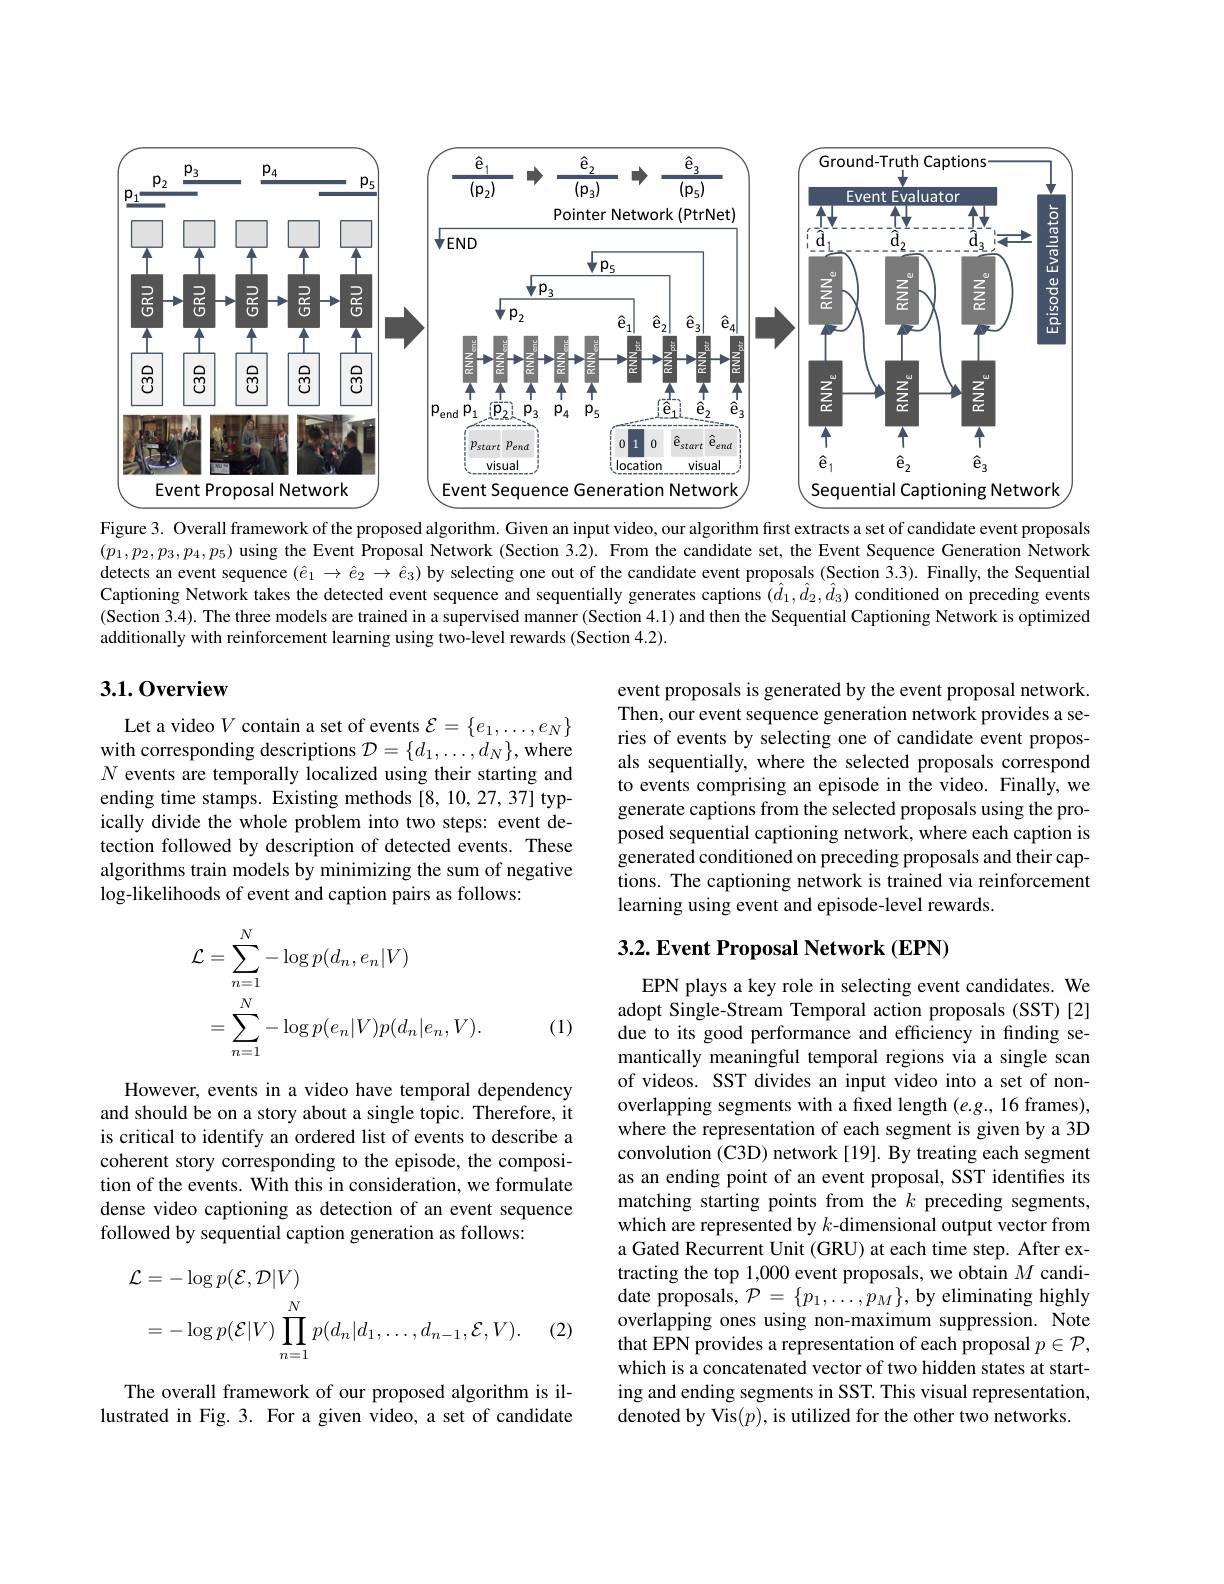
<FigureHere>

Figure 3. Overall framework of the proposed algorithm. Given an input video, our algorithm first extracts a set of candidate event proposals $(p_1,p_2,p_3,p_4,p_5)$ using the Event Proposal Network (Section 3.2). From the candidate set, the Event Sequence Generation Network detects an event sequence $(\hat{e}_1\to\hat{e}_2\to\hat{e}_3)$ by selecting one out of the candidate event proposals (Section 3.3). Finally, the Sequential Captioning Network takes the detected event sequence and sequentially generates captions $(\hat{d}_1,\hat{d}_2,\hat{d}_3)$ conditioned on preceding events (Section 3.4). The three models are trained in a supervised manner (Section 4.1) and then the Sequential Captioning Network is optimized additionally with reinforcement learning using two-level rewards (Section 4.2).

## 3.1.0verview

event proposals is generated by the event proposal network. Then, our event sequence generation network provides a series of events by selecting one of candidate event proposals sequentially, where the selected proposals correspond to events comprising an episode in the video. Finally, we generate captions from the selected proposals using the proposed sequential captioning network, where each caption is generated conditioned on preceding proposals and their captions. The captioning network is trained via reinforcement learning using event and episode-level rewards.

Let a video $V$ contain a set of events $\mathcal{E}=\{e_1,\ldots,e_N\}$ with corresponding descriptions $\mathcal{D}=\{d_1,\ldots,d_N\}$, where $N$ events are temporally localized using their starting and ending time stamps. Existing methods [8,10,27,37] typically divide the whole problem into two steps: event detection followed by description of detected events. These algorithms train models by minimizing the sum of negative log-likelihoods of event and caption pairs as follows:

## 3.2. Event Proposal Network (EPN)
$$\begin{aligned}\mathcal{L}&=\sum_{n=1}^{N}-\log p(d_{n},e_{n}|V)\\&=\sum_{n=1}^{N}-\log p(e_{n}|V)p(d_{n}|e_{n},V).\end{aligned}$$
(1)

However, events in a video have temporal dependency and should be on a story about a single topic. Therefore, it is critical to identify an ordered list of events to describe a coherent story corresponding to the episode, the composition of the events. With this in consideration, we formulate dense video captioning as detection of an event sequence followed by sequential caption generation as follows:

EPN plays a key role in selecting event candidates. We adopt Single-Stream Temporal action proposals (SST)[2] due to its good performance and efficiency in finding semantically meaningful temporal regions via a single scan of videos. SST divides an input video into a set of nonoverlapping segments with a fixed length $(e.g.,16$ frames), where the representation of each segment is given by a 3D convolution (C3D) network [19]. By treating each segment as an ending point of an event proposal, SST identifies its matching starting points from the $k$ preceding segments, which are represented by $k$-dimensional output vector from a Gated Recurrent Unit (GRU) at each time step. After extracting the top 1,000 event proposals, we obtain $M$ candidate proposals, $\mathcal{P}=\{p_1,\ldots,p_M\}$, by eliminating highly overlapping ones using non-maximum suppression. Note that EPN provides a representation of each proposal $p\in\mathcal{P}$, which is a concatenated vector of two hidden states at starting and ending segments in SST. This visual representation, denoted by Vis$(p)$, is utilized for the other two networks.
$$\begin{aligned}\text{L}&=-\log p(\mathcal{E},\mathcal{D}|V)\\&=-\log p(\mathcal{E}|V)\prod_{n=1}^{N}p(d_{n}|d_{1},\ldots,d_{n-1},\mathcal{E},V).\end{aligned}$$
(2)

The overall framework of our proposed algorithm is illustrated in Fig. 3. For a given video, a set of candidate